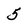
Character: 5